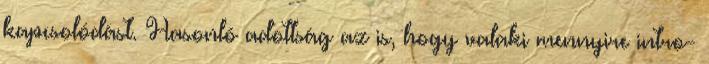
kapcsolódást. Hasonló adottság az is, hogy valaki mennyire intro-